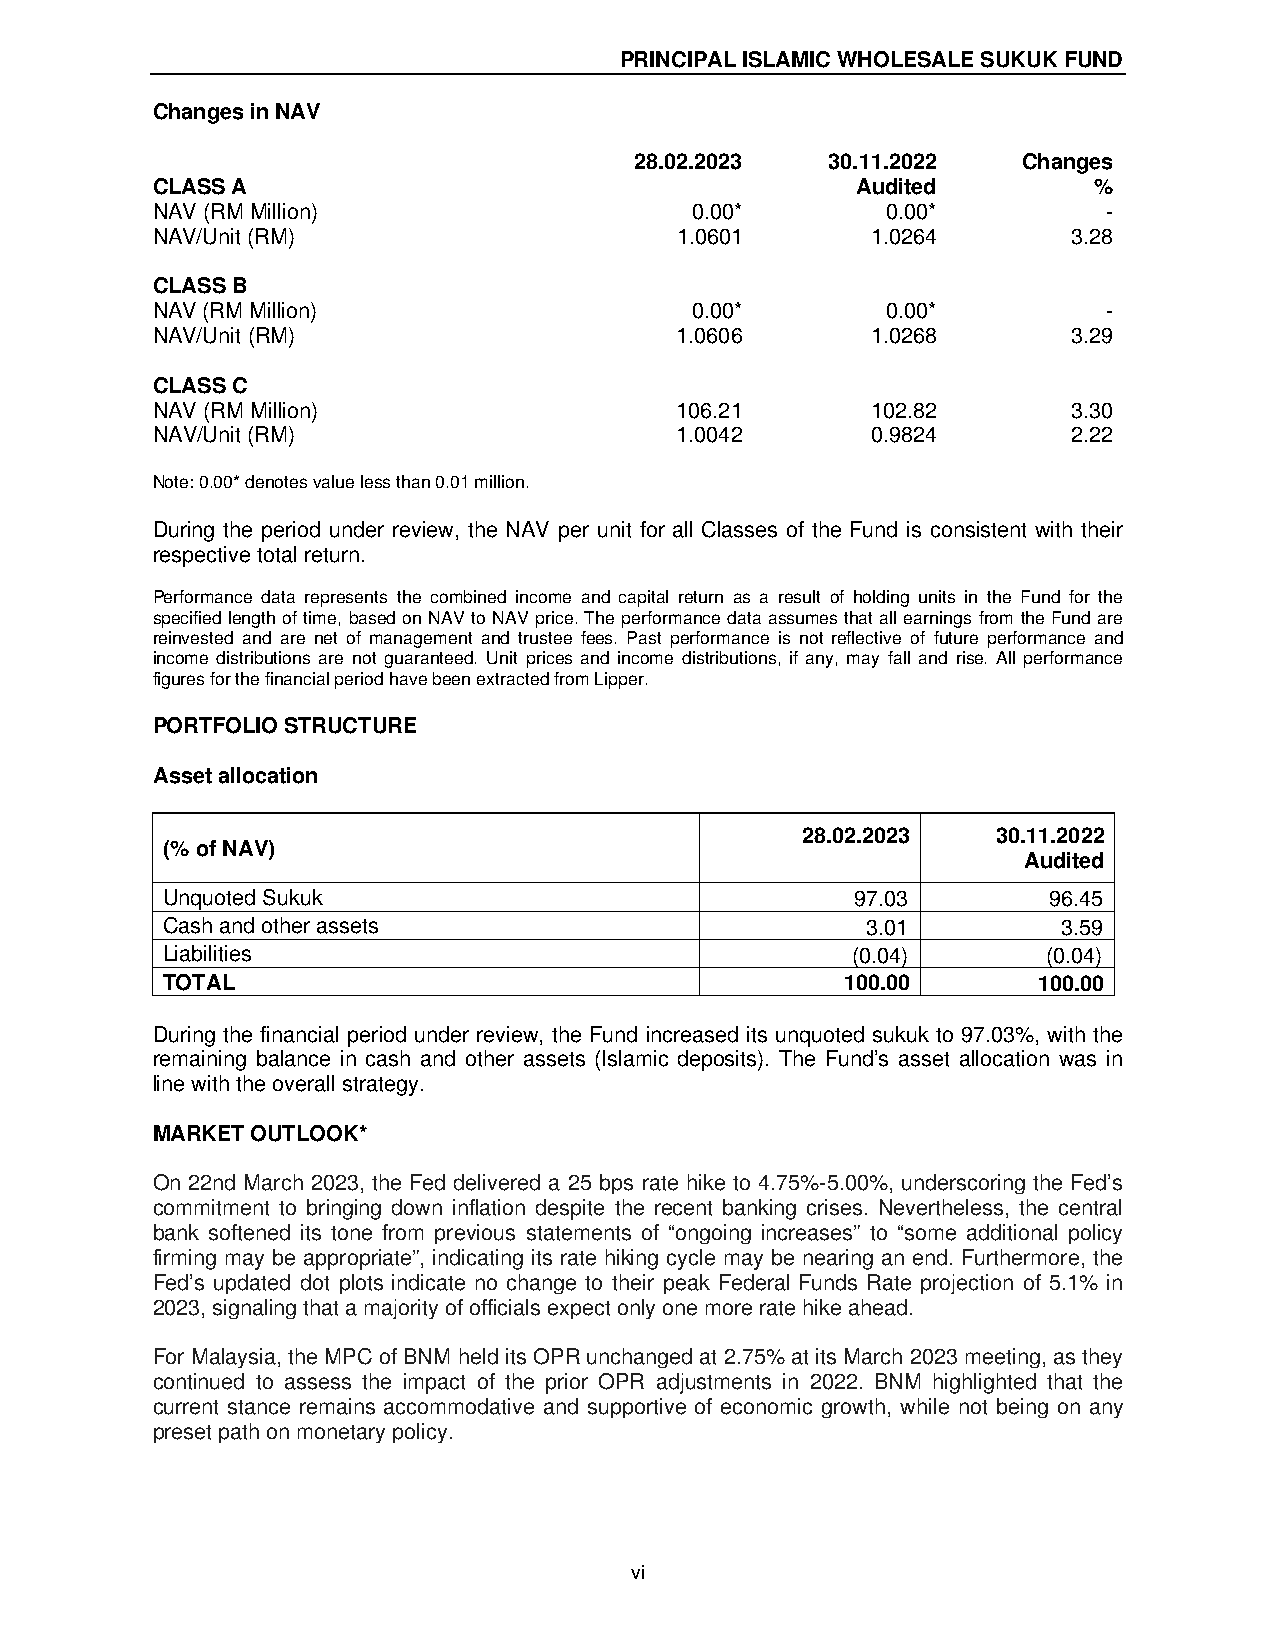
PRINCIPAL ISLAMIC WHOLESALE SUKUK FUND
 Changes in NAV
 28.02.2023   30.11.2022   Changes
 CLASS A                                        Audited        %
 NAV (RM Million)                    0.00*        0.00*         -
 NAV/Unit (RM)                      1.0601       1.0264       3.28
 CLASS B
 NAV (RM Million)                    0.00*        0.00*         -
 NAV/Unit (RM)                      1.0606       1.0268       3.29
 CLASS C
 NAV (RM Million)                   106.21       102.82       3.30
 NAV/Unit (RM)                      1.0042       0.9824       2.22
 Note: 0.00* denotes value less than 0.01 million.
 During the period under review, the NAV per unit for all Classes of the Fund is consistent with their
 respective total return.
 Performance data represents the combined income and capital return as a result of holding units in the Fund for the
 specified length of time, based on NAV to NAV price. The performance data assumes that all earnings from the Fund are
 reinvested and are net of management and trustee fees. Past performance is not reflective of future performance and
 income distributions are not guaranteed. Unit prices and income distributions, if any, may fall and rise. All performance
 figures for the financial period have been extracted from Lipper.
 PORTFOLIO STRUCTURE
 Asset allocation
 28.02.2023   30.11.2022
 (% of NAV)
 Audited
 Unquoted Sukuk                                97.03       96.45
 Cash and other assets                         3.01         3.59
 Liabilities                                  (0.04)       (0.04)
 TOTAL                                        100.00       100.00
 During the financial period under review, the Fund increased its unquoted sukuk to 97.03%, with the
 remaining balance in cash and other assets (Islamic deposits). The Fund’s asset allocation was in
 line with the overall strategy.
 MARKET OUTLOOK*
 On 22nd March 2023, the Fed delivered a 25 bps rate hike to 4.75%-5.00%, underscoring the Fed’s
 commitment to bringing down inflation despite the recent banking crises. Nevertheless, the central
 bank softened its tone from previous statements of “ongoing increases” to “some additional policy
 firming may be appropriate”, indicating its rate hiking cycle may be nearing an end. Furthermore, the
 Fed’s updated dot plots indicate no change to their peak Federal Funds Rate projection of 5.1% in
 2023, signaling that a majority of officials expect only one more rate hike ahead.
 For Malaysia, the MPC of BNM held its OPR unchanged at 2.75% at its March 2023 meeting, as they
 continued to assess the impact of the prior OPR adjustments in 2022. BNM highlighted that the
 current stance remains accommodative and supportive of economic growth, while not being on any
 preset path on monetary policy.
 vi